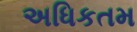
અધિકતમ